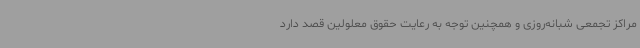
مراکز تجمعی شبانه‌روزی و همچنین توجه به رعایت حقوق معلولین قصد دارد